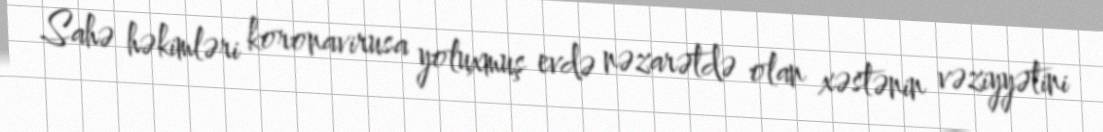
Sahə həkimləri koronavirusa yoluxmuş evdə nəzarətdə olan xəstənin vəziyyətini